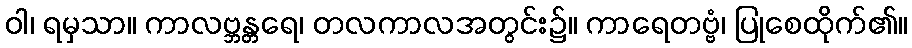
ဝါ၊ ရမှသာ။ ကာလဗ္ဘန္တရေ၊ တလကာလအတွင်း၌။ ကာရေတဗ္ဗံ၊ ပြုစေထိုက်၏။